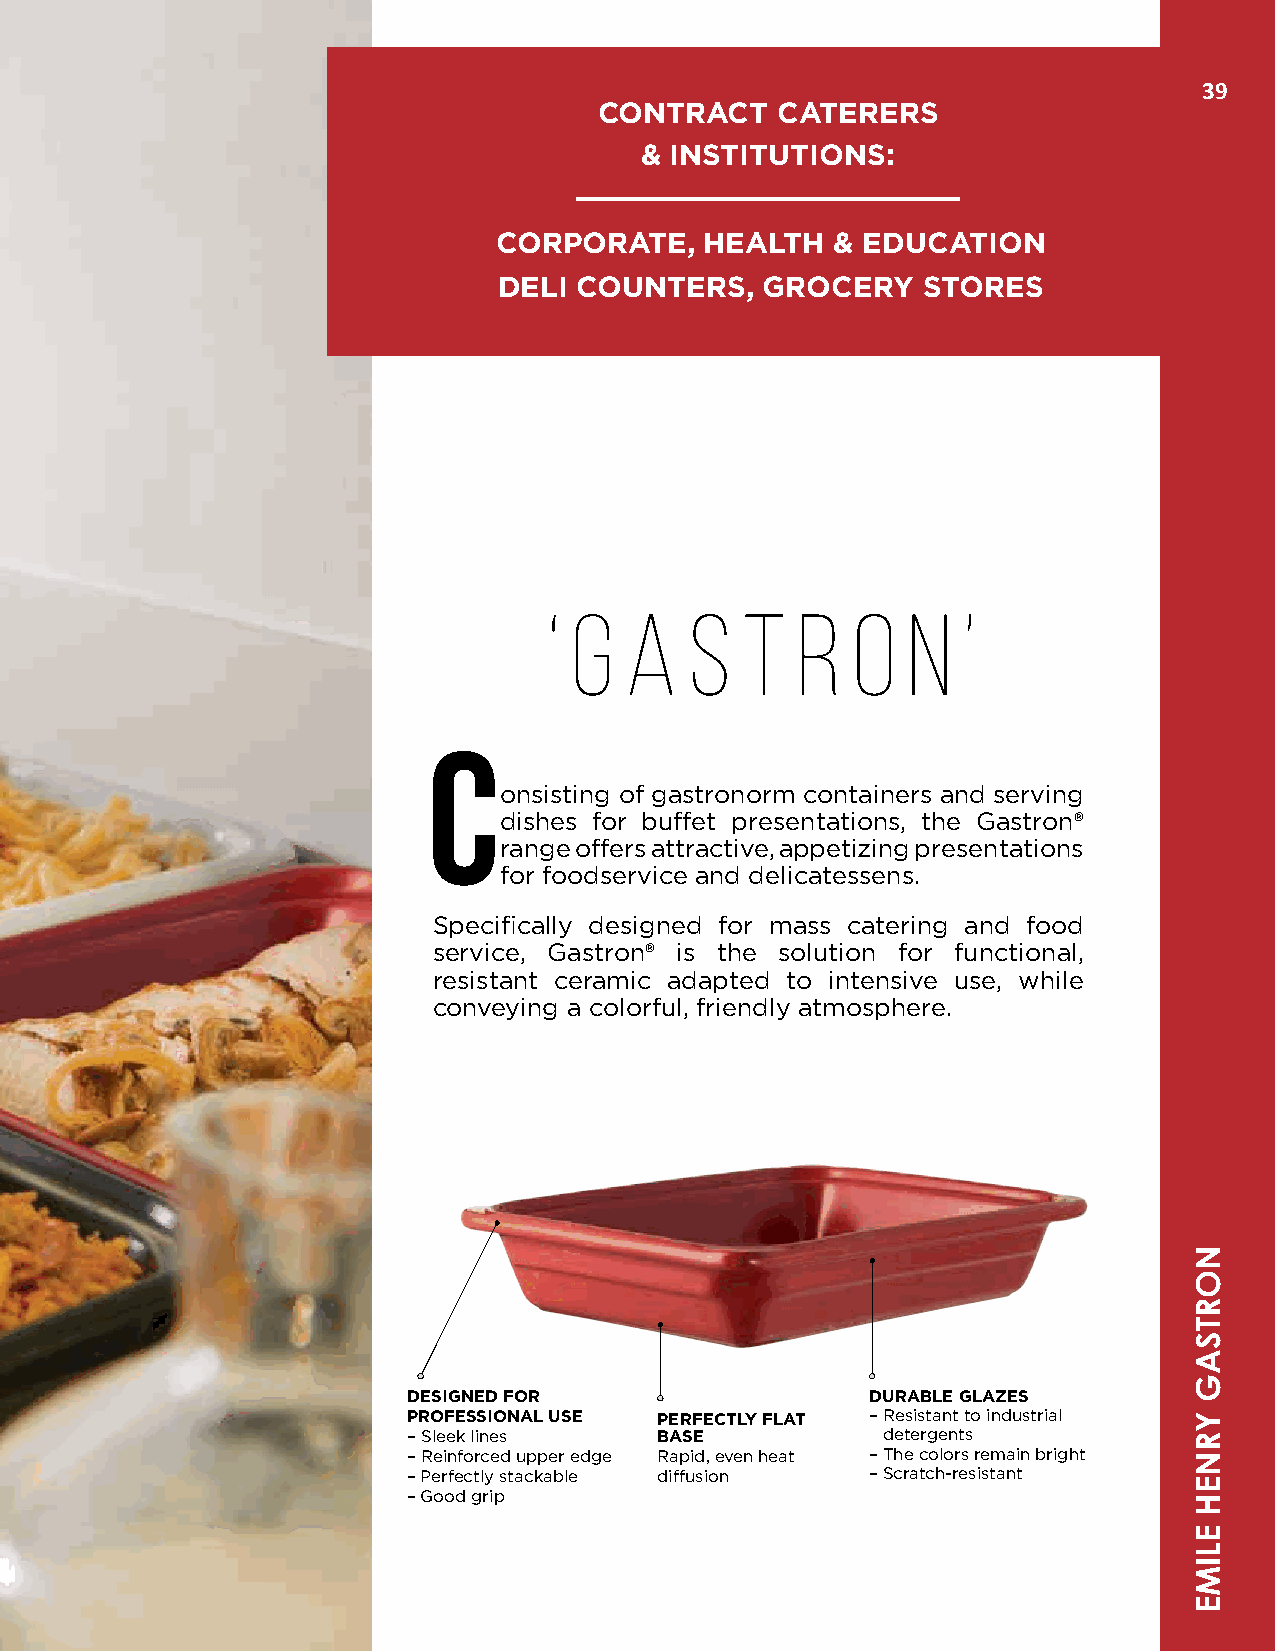
39
 CONTRACT   CATERERS
 & INSTITUTIONS:
 CORPORATE,    HEALTH  & EDUCATION
 DELI COUNTERS,    GROCERY   STORES
 ‘ G  A    S  T   R  O   N   ’
 C
 onsisting of gastronorm containers and serving
 dishes for buffet presentations, the Gastron®
 range offers attractive, appetizing presentations
 for foodservice and delicatessens.
 Specifically designed for mass catering and food
 service, Gastron® is the solution for functional,
 resistant ceramic adapted to intensive use, while
 conveying a colorful, friendly atmosphere.
 DESIGNED FOR                   DURABLE GLAZES
 PROFESSIONAL USE PERFECTLY FLAT – Resistant to industrial
 – Sleek lines    BASE          detergents
 – Reinforced upper edge Rapid, even heat – The colors remain bright
 – Perfectly stackable diffusion – Scratch-resistant
 – Good grip
 NORTSAG
 YRNEH
 ELIME